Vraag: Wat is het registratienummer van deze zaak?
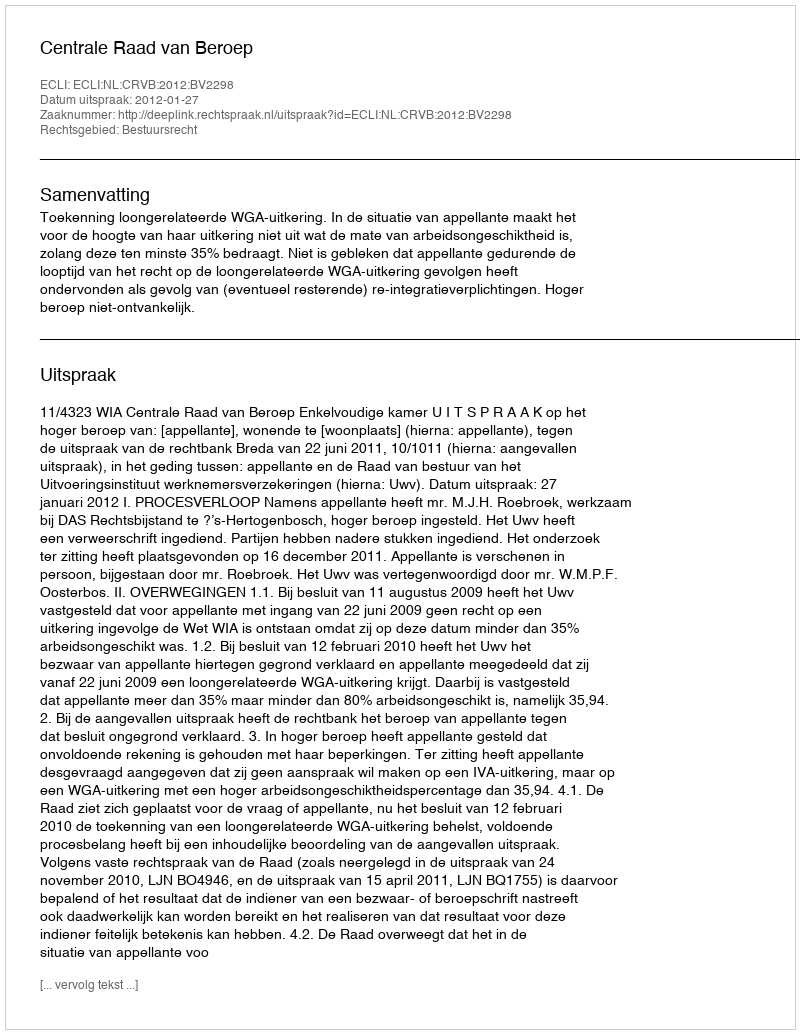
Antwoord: http://deeplink.rechtspraak.nl/uitspraak?id=ECLI:NL:CRVB:2012:BV2298